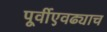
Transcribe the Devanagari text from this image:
पूर्वीएवढ्याच